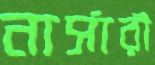
নার্সারী